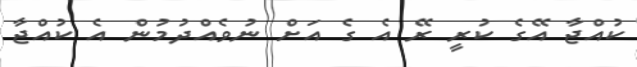
ކުއްޖާ އޭގެ ކުރީ ރޭ އެ ގެ އަށް ނުވެއްދުމުން އެ ކުއްޖާ